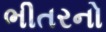
ભીતરનો